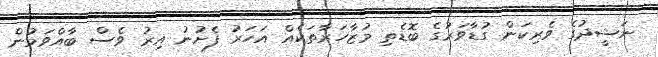
ނަޝީދުގެ ވެރިކަން ގުޑާވަރުގެ ބޮޑެތި މުޒާހަރާތަކެއް އަހަރު ފެށުނު އިރު ވެސް ބާއްވަމުން